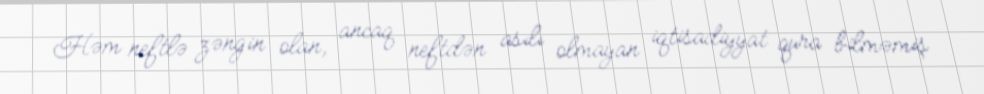
Həm neftlə zəngin olan, ancaq neftdən asılı olmayan iqtisadiyyat qura bilməmiş